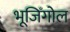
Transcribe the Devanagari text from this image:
भूजिँगोल